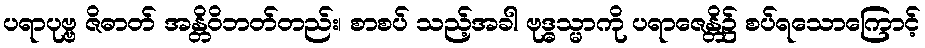
ပရာပုဗ္ဗ ဇိဓာတ် အန္တိဝိဘတ်တည်း၊ စာစပ် သည့်အခါ ဗုဒ္ဓသ္မာကို ပရာဇေန္တိ၌ စပ်ရသောကြောင့်